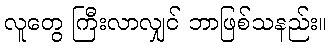
လူတွေ ကြီးလာလျှင် ဘာဖြစ်သနည်း။